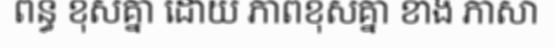
ពន្ធ ខុសគ្នា ដោយ ភាពខុសគ្នា ខាង ភាសា